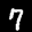
Label: 7